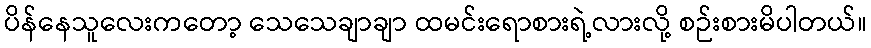
ပိန်နေသူလေးကတော့ သေသေချာချာ ထမင်းရောစားရဲ့လားလို့ စဉ်းစားမိပါတယ်။